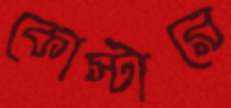
কোস্টারে